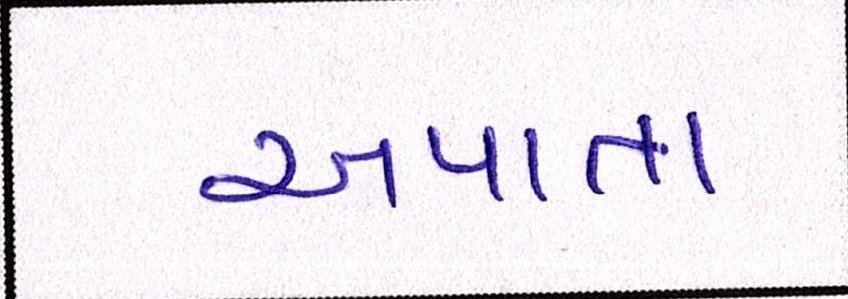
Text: અપાતા